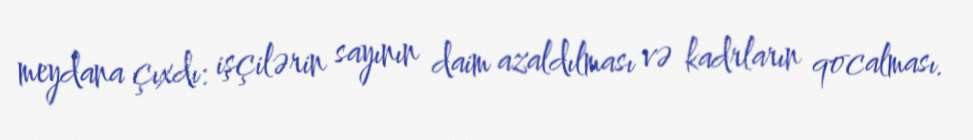
meydana çıxdı: işçilərin sayının daim azaldılması və kadrların qocalması.